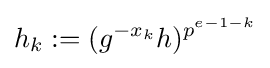
h_{k}:=(g^{-x_{k}}h)^{p^{e-1-k}}